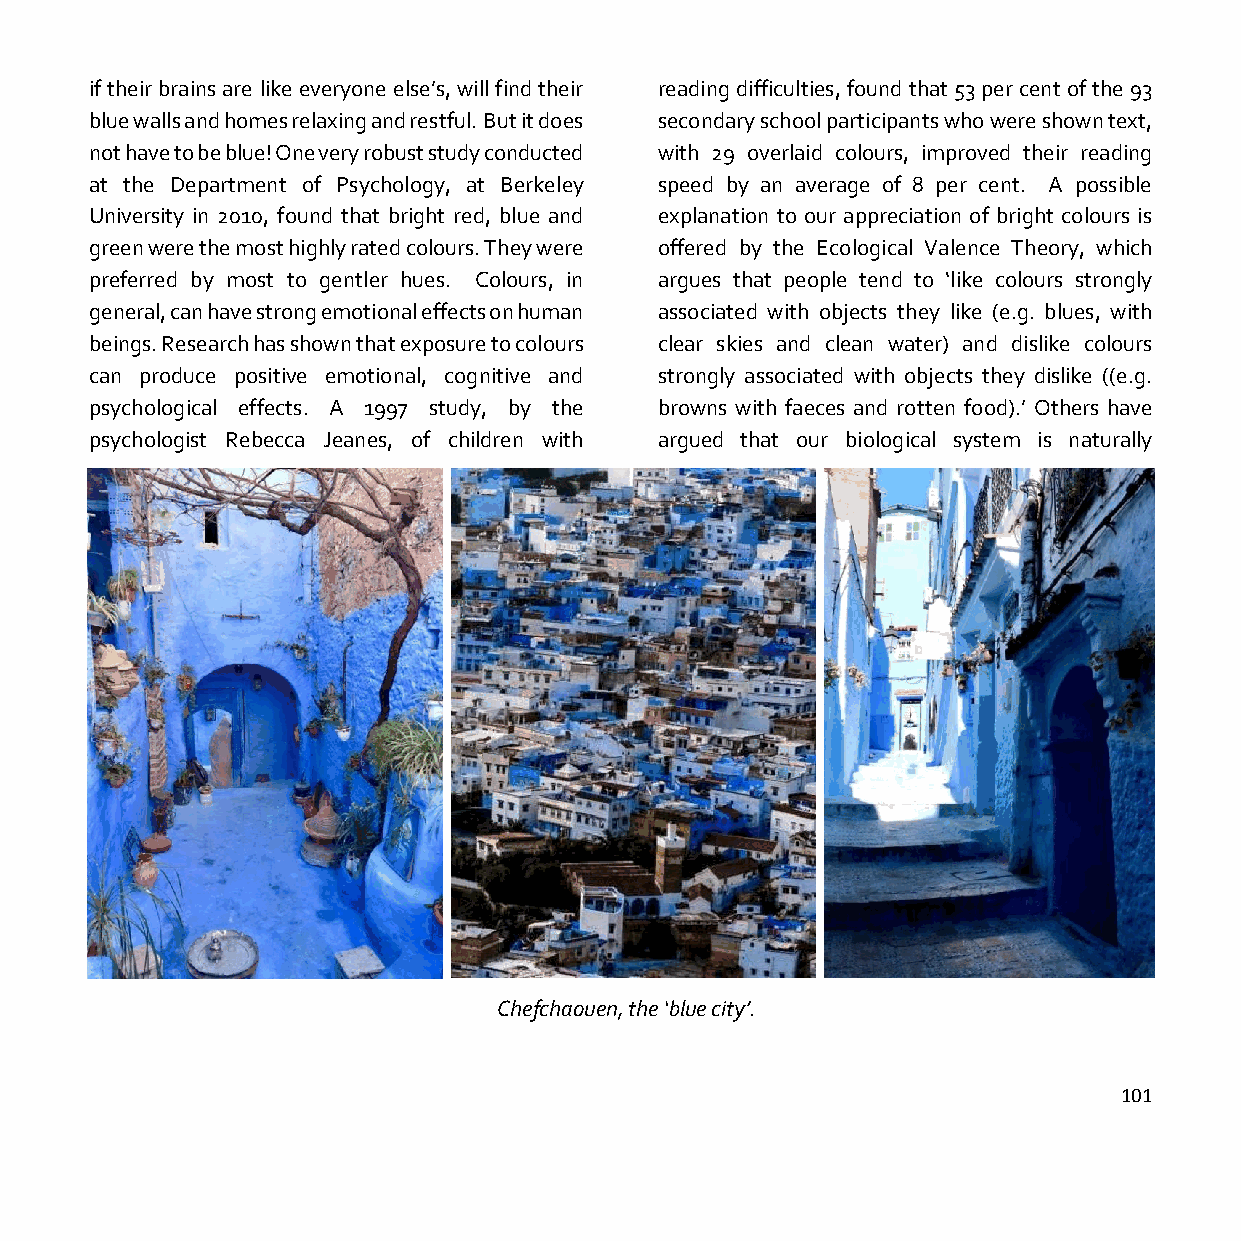
if their brains are like everyone else’s, will find their reading difficulties, found that 53 per cent of the 93
 blue walls and homes relaxing and restful. But it does secondary school participants who were shown text,
 not have to be blue! One very robust study conducted with 29 overlaid colours, improved their reading
 at the Department of Psychology, at Berkeley speed by an average of 8 per cent. A possible
 University in 2010, found that bright red, blue and explanation to our appreciation of bright colours is
 green were the most highly rated colours. They were offered by the Ecological Valence Theory, which
 preferred by most to gentler hues. Colours, in argues that people tend to ‘like colours strongly
 general, can have strong emotional effects on human associated with objects they like (e.g. blues, with
 beings. Research has shown that exposure to colours clear skies and clean water) and dislike colours
 can produce positive emotional, cognitive and strongly associated with objects they dislike ((e.g.
 psychological effects. A 1997 study, by the browns with faeces and rotten food).’ Others have
 psychologist Rebecca Jeanes, of children with argued that our biological system is naturally
 Chefchaouen, the ‘blue city’.
 101